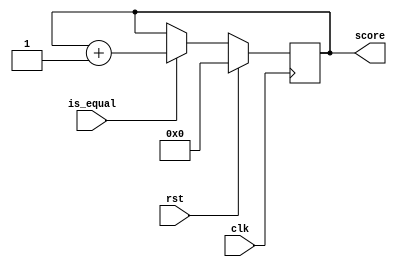
`timescale 1ns / 1ps
//////////////////////////////////////////////////////////////////////////////////
// Company: 
// Engineer: 
// 
// Design Name: 
// Module Name:    score 
// Project Name: 
// Target Devices: 
// Tool versions: 
// Description: 
//
// Dependencies: 
//
// Revision: 
// Revision 0.01 - File Created
// Additional Comments: 
//
//////////////////////////////////////////////////////////////////////////////////
module score_counter(
	clk,
	rst,
	is_equal,
	score
);

	input clk;
	input rst;
	input is_equal;
	output reg [3:0] score;
		
	initial begin
		score = 0;
	end
	
	always @ (posedge clk) begin
		if (rst)
			score = 0;
		else if (is_equal)
			score = score + 1;
	end


endmodule